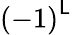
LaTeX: \left(-1\right)^{\mathsf{L}}